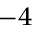
^ { - 4 }